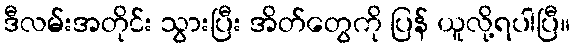
ဒီလမ်းအတိုင်း သွားပြီး အိတ်တွေကို ပြန် ယူလို့ရပါပြီ။